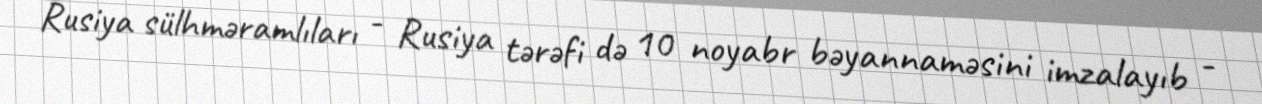
Rusiya sülhməramlıları - Rusiya tərəfi də 10 noyabr bəyannaməsini imzalayıb -